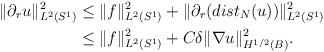
LaTeX: \begin{align*} \|\partial_ru\|^2_{L^2(S^1)}&\le\|f\|^2_{L^2(S^1)}+\|\partial_r(dist_N(u))\|^2_{L^2(S^1)}\\ &\le\|f\|^2_{L^2(S^1)}+C\delta\|\nabla u\|^2_{H^{1/2}(B)}. \end{align*}